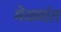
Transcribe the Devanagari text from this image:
मेळ्यांत